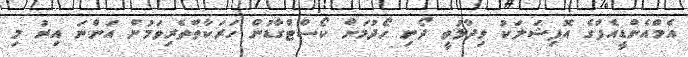
އެމްއެންޑީއެފްގެ އޮފިޝަލަކު ވިދާޅުވީ ދޯނި ހޯދުމަށް ކޯސްޓްގާޑުން ހަރަކާތްތެރިވަމުން އަންނަ އިރު މި